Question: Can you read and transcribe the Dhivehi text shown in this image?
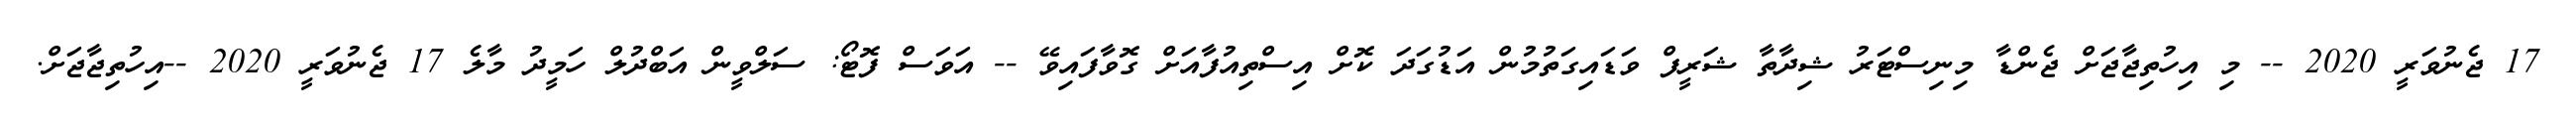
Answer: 17 ޖެނުވަރީ 2020 -- މި އިހުތިޖާޖަށް ޖެންޑާ މިނިސްޓަރު ޝިދާތާ ޝަރީފް ވަޑައިގަތުމުން އަޑުގަދަ ކޮށް އިސްތިއުފާއަށް ގޮވާފައިވޭ -- އަވަސް ފޮޓޯ: ސަލްވީން އަބްދުލް ހަމީދު މާލެ 17 ޖެނުވަރީ 2020 --އިހުތިޖާޖަށް.